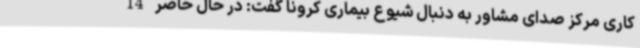
کاری مرکز صدای مشاور به دنبال شیوع بیماری کرونا گفت: در حال حاضر 14